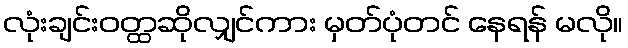
လုံးချင်းဝတ္ထဆိုလျှင်ကား မှတ်ပုံတင် နေရန် မလို။